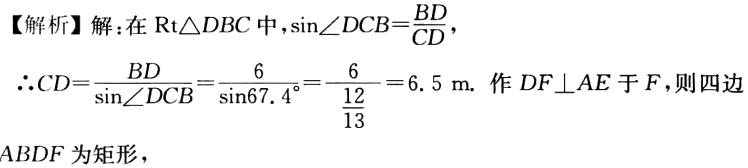
【解析】解：在$\text{Rt}\triangle DBC$中，$\sin\angle DCB = \frac{BD}{CD}$，

$\therefore CD = \frac{BD}{\sin\angle DCB}=\frac{6}{\sin67.4^{\circ}}=\frac{6}{\frac{12}{13}} = 6.5\ \text{m}$. 作$DF\perp AE$于$F$，则四边形

$ABDF$为矩形，